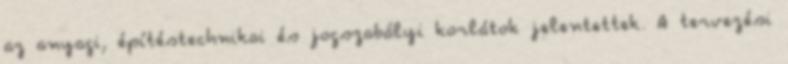
az anyagi, építéstechnikai és jogszabályi korlátok jelentettek. A tervezési